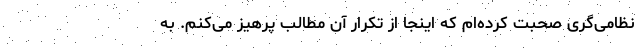
نظامی‌گری صحبت کرده‌ام که اینجا از تکرار آن مطالب پرهیز می‌کنم. به